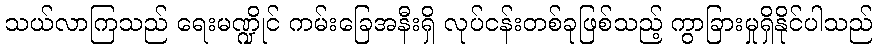
သယ်လာကြသည် ရေးမဏ္ဍိုင် ကမ်းခြေအနီးရှိ လုပ်ငန်းတစ်ခုဖြစ်သည့် ကွာခြားမှုရှိနိုင်ပါသည်